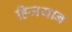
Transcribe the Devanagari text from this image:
हिजयान